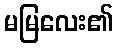
မမြလေး၏